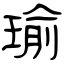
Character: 瑜